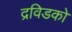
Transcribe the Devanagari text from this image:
द्रविडको